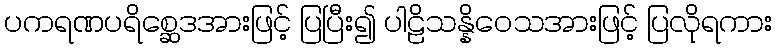
ပကရဏပရိစ္ဆေဒအားဖြင့် ပြပြီး၍ ပါဠိသန္နိဝေသအားဖြင့် ပြလိုရကား